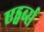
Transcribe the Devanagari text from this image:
एड्वर्ब्स